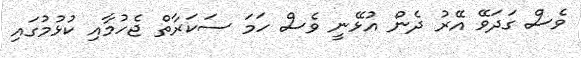
ވެސް ގަދަވޭ އޭރު ދެން އުޅޭނީ ވެސް ހަަމަ ސަކަރާތް ޖެހުމާއި ކުޅުމުގައި